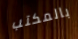
بالمكتب